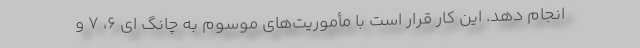
انجام دهد. این کار قرار است با مأموریت‌های موسوم به چانگ ای ۶، ۷ و